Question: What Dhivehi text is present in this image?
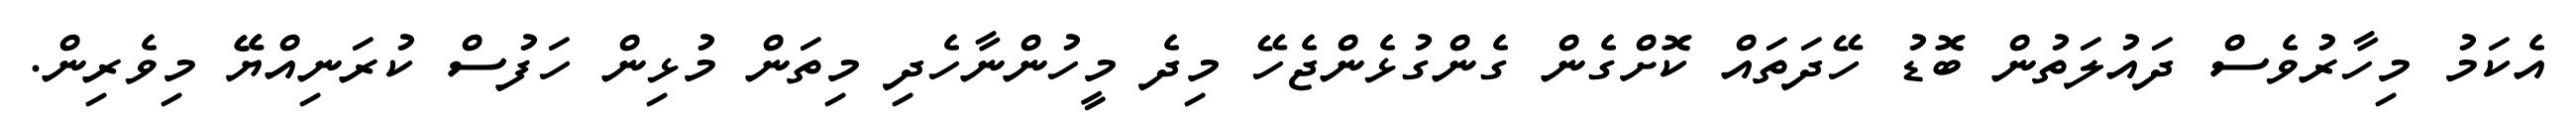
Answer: އެކަމު މިހާރުވެސް ދައުލަތުން ބޮޑު ހޭދަތައް ކޮށްގެން ގެންގުޅެންޖެހޭ މިދެ މީހުންނާހެދި މިތަން މުޅިން ހަފުސް ކުރަނިއްޔޭޭ މިވެރިން.